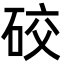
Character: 䂭